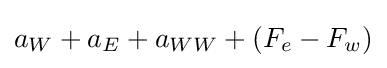
a_{W}+a_{E}+a_{WW}+\left(F_{e}-F_{w}\right)